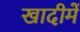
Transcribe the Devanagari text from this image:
खादीमें